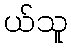
ယ်သူ